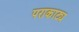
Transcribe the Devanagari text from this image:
पराकाट्य